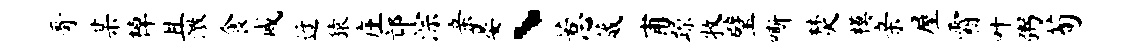
哥某棹且激食戚迓猿庄邙淙亲晏丶惹葳甫躁牧璧嘶焚模亲屋霜叶粥荀